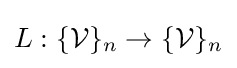
L:\{{\mathcal {V}}\}_{n}\rightarrow \{{\mathcal {V}}\}_{n}